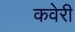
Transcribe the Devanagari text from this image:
कवेरी